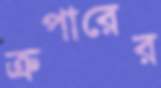
ক্রপারের